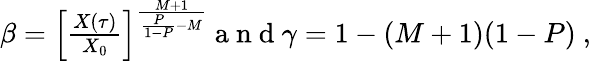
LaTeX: \begin{array}{r}{\beta=\left[\frac{X(\tau)}{X_{0}}\right]^{\frac{M+1}{\frac{P}{1-P}-M}}\mathrm{~a~n~d~}\gamma=1-(M+1)(1-P)\mathrm{~,~}}\end{array}